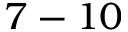
7 - 1 0